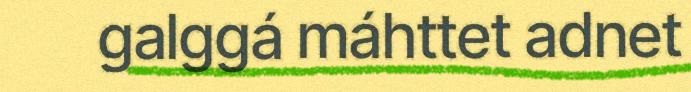
galggá máhttet adnet